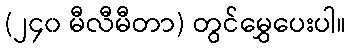
(၂၄၀ မီလီမီတာ) တွင်မွှေပေးပါ။